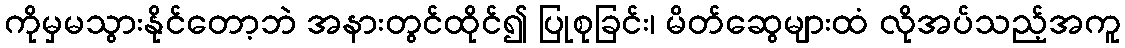
ကိုမှမသွားနိုင်တော့ဘဲ အနားတွင်ထိုင်၍ ပြုစုခြင်း၊ မိတ်ဆွေများထံ လိုအပ်သည့်အကူ